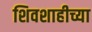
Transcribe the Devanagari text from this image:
शिवशाहीच्या